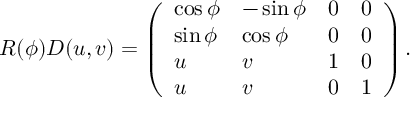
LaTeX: R ( \phi ) D ( u , v ) = \left( \begin{array} { l l l l } { { \cos \phi } } & { { - \sin \phi } } & { { 0 } } & { { 0 } } \\ { { \sin \phi } } & { { \cos \phi } } & { { 0 } } & { { 0 } } \\ { { u } } & { { v } } & { { 1 } } & { { 0 } } \\ { { u } } & { { v } } & { { 0 } } & { { 1 } } \end{array} \right) .